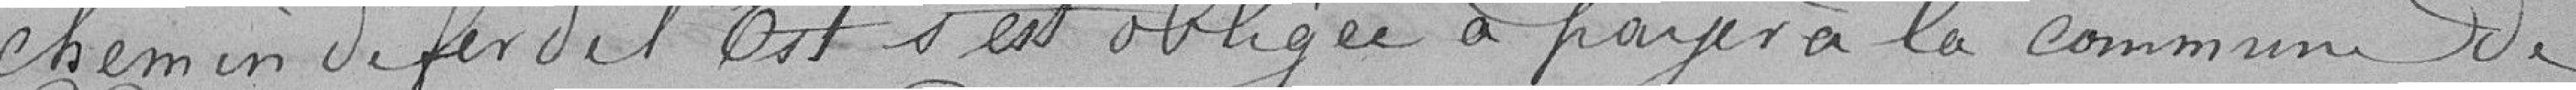
chemin de fer de l'Est s'est obligée à payer à la commune de